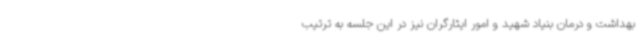
بهداشت و درمان بنیاد شهید و امور ایثارگران نیز در این جلسه به ترتیب